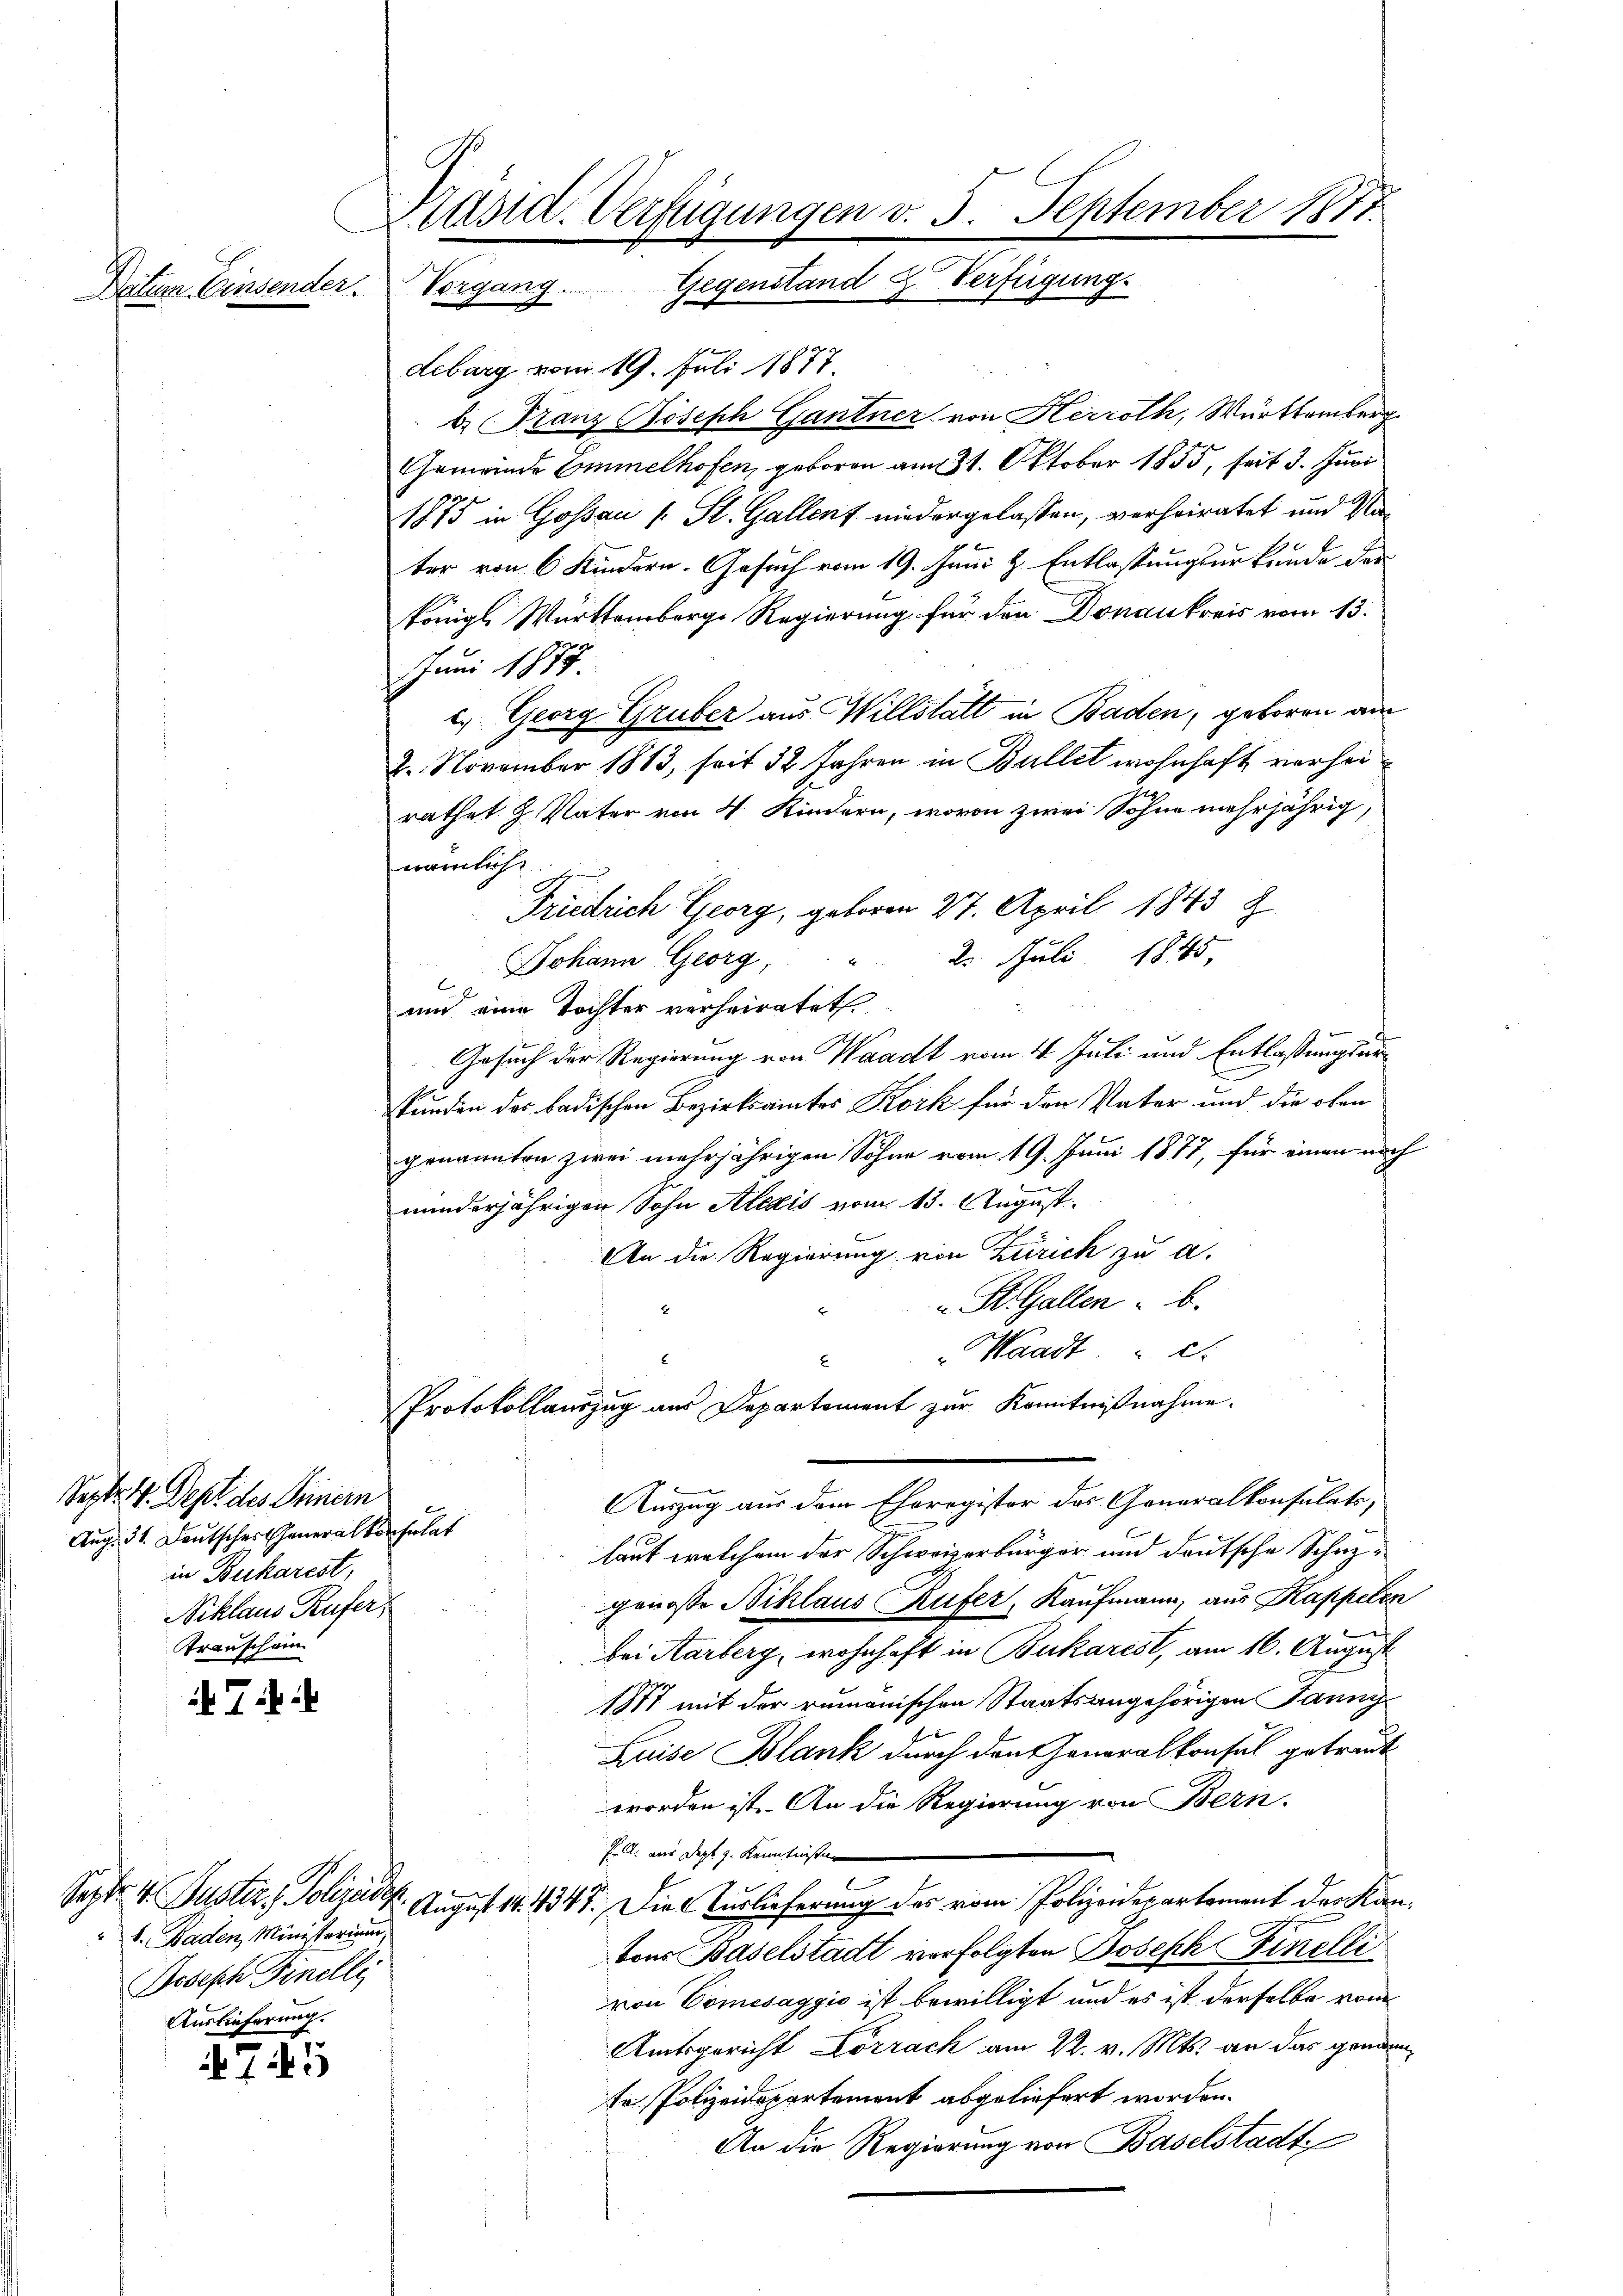
Datum. Einsender.

Sept. 17. Dept des Seinern
Aug. 31. Deutscher Generalkonsulat
in Bucharest,
Niklaus Rufer,
Transchein

7

b. Baden, Ministorium
Joseph Finelli
Auslieferung.

7.45

Dräsid. Verfügungen v. 5. September 1817.
Gegenstand & Verfügung.
Vorgang.

deburg vom 19. Juli 1877.
b. Franz Joseph Gantner von Herroth, Württemberg
Gemeinde Emmelhofen, geboren am 31. Oktober 1855, seit 3. Juni
1875 in Gossau [ St. Gallent niedergelassen, verheiratet und Nater von 6 Kindern. Gesuch vom 19. Juni l. Entlassungsurkunde das
königl. Württemberg Regierung für den Donankreis vom 13.
JJuni 1887.
c.) Georg Gruber aus Willstatt in Baden, geboren au
2. November 1883, seit 32 Jahren in Bullet wohnhaft verheirathet u. Vater von 4 Kindern, wovon zwei Sohne mehrjährig,
nämliche
Friedrich Georg, geboren 27. April 1843
Johann Georg, " 2. Juli 1845.
.
und eine Tochter verheiratet.
Gesuch der Regierung von Waadt vom 4. Juli und Entlassungsurkunden des badischen Bezirksamtes Kork für den Vater und die oben
genannten zwei mehrjährigen Sohne vom 19. Juni 1877, für einen noch
minderjährigen Sohn Alexis vom 13. August
An die Regierung von Zürich zu a.
" StGallen b
Waadt. d.
x
Protokollauszug aus Departement zur Kenntnißnahme.
Auszug aus dem Eheregister des Generalkonsulats,
laut welchem der Schweizerbürger und deutsche Schazgenosse Niklaus Rufer, Kaufmann, aus Kappelen
.
bei Aarberg, wohnhaft in Bukarest, am 16. August
1877 mit der rumänischen Staatsangehörigen Janny
Luise Blank durch den Generalkonsul getreut
worden ist. An die Regierung von Bern.
J. A. aus Dept z. Kenntnissen
e
Sept. 4. Justiz, Polizeide. August 14. 447. Die Auslieferung des vom Polizeidepartement des Kantons Baselstadt verfolgten Joseph Finelli
von Comisaggio ist bewilligt und es ist derselbe vom
Amtsgericht Lörrach am 22. v. Mts. an das gründen,
te Polizeidepartement abgeliefert worden.
An die Regierung von Baselstadt